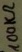
Text: 100KΩ